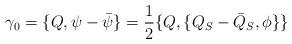
LaTeX: \begin{align*}\gamma_0 = \{ Q , \psi - {\bar \psi} \} = \frac{1}{2} \{ Q ,\{ Q_S - {\bar Q}_S , \phi \} \}\end{align*}